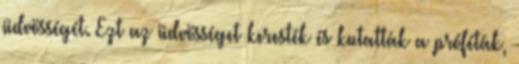
üdvösségét. Ezt az üdvösséget keresték és kutatták a próféták,